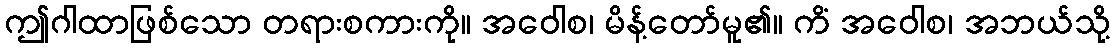
ဤဂါထာဖြစ်သော တရားစကားကို။ အဝေါစ၊ မိန့်တော်မူ၏။ ကိံ အဝေါစ၊ အဘယ်သို့